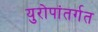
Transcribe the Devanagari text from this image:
युरोपांतर्गत